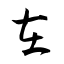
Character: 在